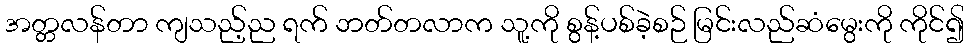
အတ္တလန်တာ ကျသည့်ည ရက် ဘတ်တလာက သူ့ကို စွန့်ပစ်ခဲ့စဉ် မြင်းလည်ဆံမွေးကို ကိုင်၍